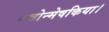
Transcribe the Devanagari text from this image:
नवोन्मेषकिया।